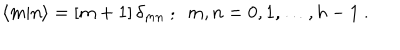
\langle m \vert n \rangle = [ m + 1 ] \, { \delta } _ { m n } \ ; \ \ m , n = 0 , 1 , \ldots , h - 1 \ .